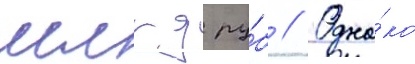
млрд ру́б // Одна́ко